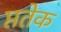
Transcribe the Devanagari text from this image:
प्ततेक